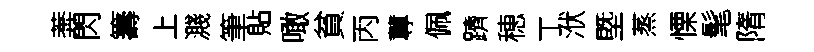
莾閃籌上濺筆貼噉貧丙蓴佩躋穂丁洑塈蒸慄髦隋